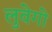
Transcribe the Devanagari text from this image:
लुवेगो